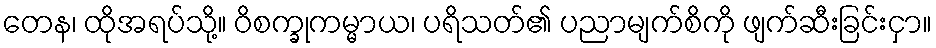
တေန၊ ထိုအရပ်သို့။ ဝိစက္ခုကမ္မာယ၊ ပရိသတ်၏ ပညာမျက်စိကို ဖျက်ဆီးခြင်းငှာ။